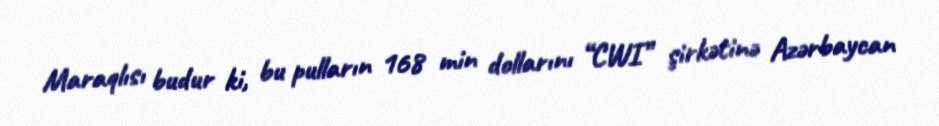
Maraqlısı budur ki, bu pulların 168 min dollarını “CWI” şirkətinə Azərbaycan